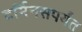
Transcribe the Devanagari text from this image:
टर्मिनसपर्यंत